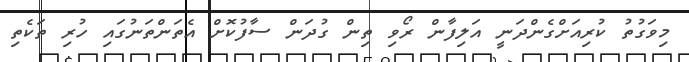
މިވަގުތު ކުރިއަށްގެންދަނީ އަލިފާން ރޯވި ތިން ގުދަން ސާފުކޮށް އެތަންތަނުގައި ހުރި ތަކެތި